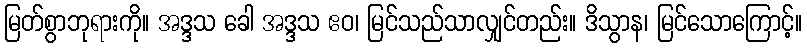
မြတ်စွာဘုရားကို။ အဒ္ဒသ ခေါ အဒ္ဒသ ဧဝ၊ မြင်သည်သာလျှင်တည်း။ ဒိသွာန၊ မြင်သောကြောင့်။